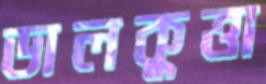
ডালকুত্তা